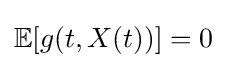
\mathbb {E} [g(t,X(t))]=0